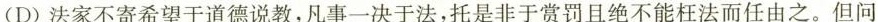
(D)法家不寄希望于道德说教，凡事一决于法，托是非于赏罚且绝不能枉法而任由之。但问